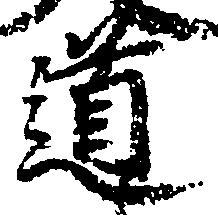
道